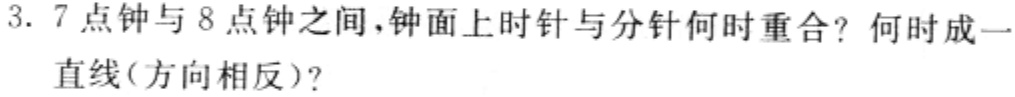
3. 7点钟与8点钟之间，钟面上时针与分针何时重合？何时成一直线(方向相反)？